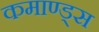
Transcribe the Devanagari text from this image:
कमाण्ड्स